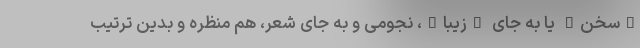
"سخن" یا به جای "زیبا"، نجومی و به جای شعر، هم منظره و بدین ترتیب